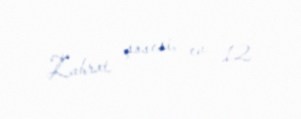
Zabrat şosesi, ev 12